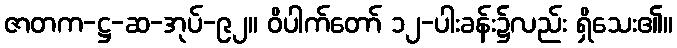
ဇာတက-ဋ္ဌ-ဆ-အုပ်-၉၂။ ဝိပါက်တော် ၁၂-ပါးခန်း၌လည်း ရှိသေး၏။